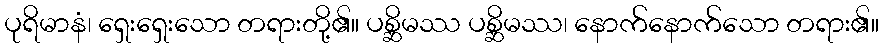
ပုရိမာနံ၊ ရှေးရှေးသော တရားတို့၏။ ပစ္ဆိမဿ ပစ္ဆိမဿ၊ နောက်နောက်သော တရား၏။